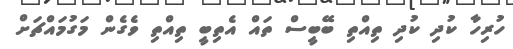
ހުރިހާ ކުދި ކުދި ތިއްތި ބޭބީސް ތައް އެތިބީ ތިއްތި ވެގެން މަގުމައްޗަށް